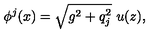
\phi ^ { j } ( x ) = \sqrt { g ^ { 2 } + q _ { j } ^ { 2 } } \ u ( z ) ,